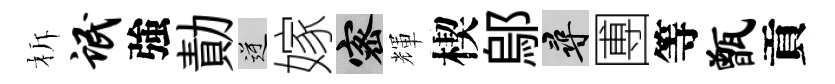
柝氓強勣逆嫁密輝楔鄔尋圑等甑貢